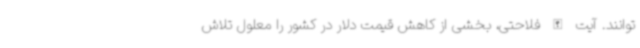
توانند. آیت الله فلاحتی، بخشی از کاهش قیمت دلار در کشور را معلول تلاش